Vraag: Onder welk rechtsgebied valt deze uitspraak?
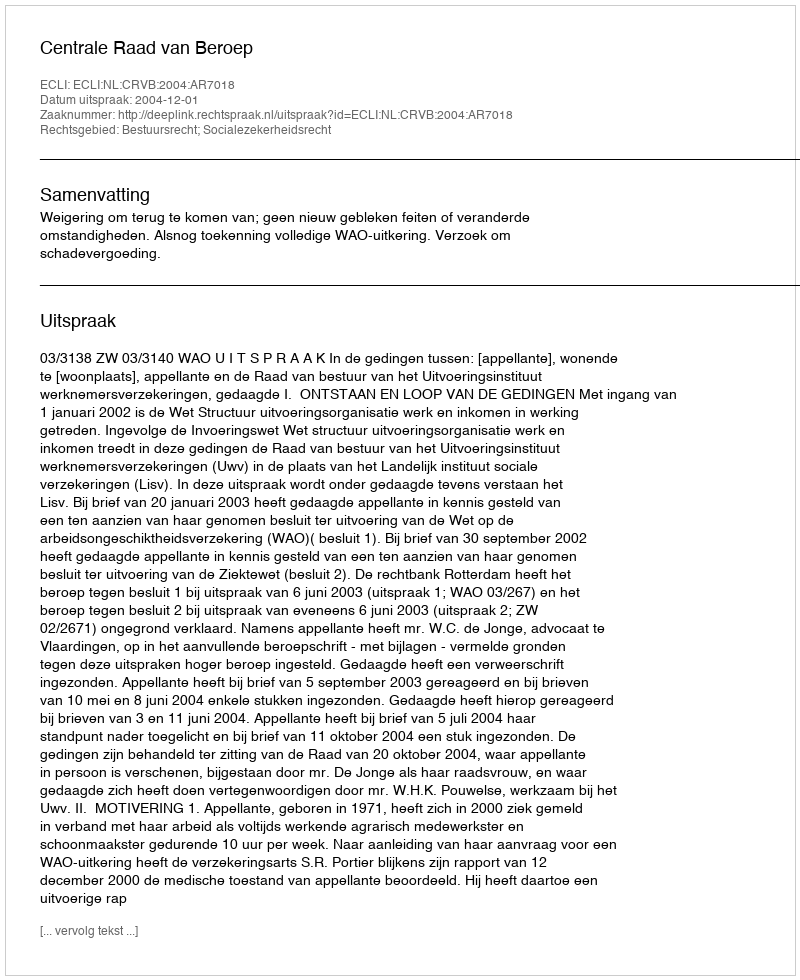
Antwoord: Bestuursrecht; Socialezekerheidsrecht